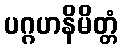
ပဂ္ဂဟနိမိတ္တံ